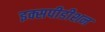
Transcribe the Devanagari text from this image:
इक्सपीडीशन